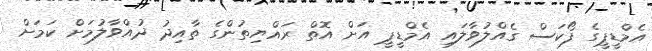
އެމްޑީޕީގެ ފޯކަސް ގެއްލުވާލައި އެމްޑީޕީ އަށް އޮތް ރައްޔިތުންގެ ތާއިދު ދުއްވާލުމަށް ކަމަށް